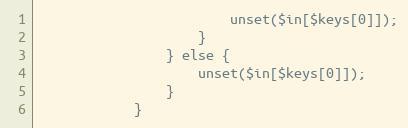
Language: PHP
                        unset($in[$keys[0]]);
                    }
                } else {
                    unset($in[$keys[0]]);
                }
            }